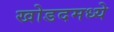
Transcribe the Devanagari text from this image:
खोडदमध्ये